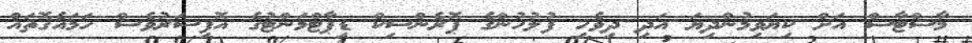
މާސްޓާސް އަށް ކިޔަވިމުންދިޔަ އަދި ދިވެހި ފުލުހުންގެ ޕޮރެންސިކް ޑިޕާޓްމަންޓުގެ އޮފިސަރުވެސް ހަމައެގޮތައް